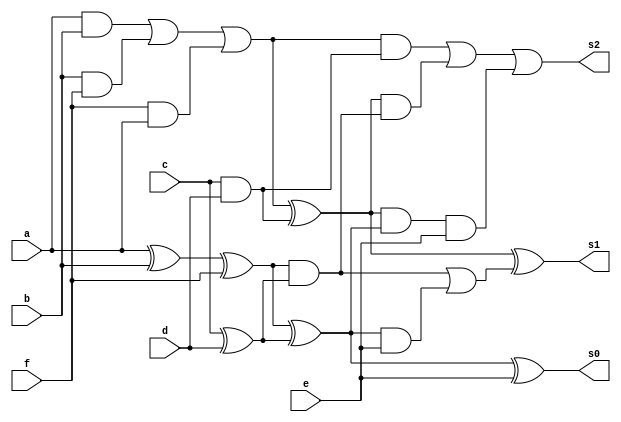
module a6(a,b,c,d,e,f,s0,s1,s2);
	input a,b,c,d,e,f;
	output s0,s1,s2;
	wire n0,n1,m0,m1,g0,g1,p0,p1,c0,c1,c2;
	wire w1,w2,w3,w4,w5,w6;
	
	assign n0=a^b^f;
	assign w4=a&b;
	assign w5=b&f;
	assign w6=f&a;
	assign n1=w4|w5|w6;
	assign m0=c^d;
	assign m1=c&d;
	
	assign g0=n0&m0;
	assign g1=n1&m1;
	
	assign p0=n0^m0;
	assign p1=n1^m1;
	
	assign c0=e;
	assign w1=p0&c0;
	assign c1=g0|w1;
	assign w2=p1&g0;
	assign w3=p1&p0&c0;
	assign c2=g1|w2|w3;
	
	assign s0=p0^c0;
	assign s1=p1^c1;
	assign s2=c2;
	
endmodule